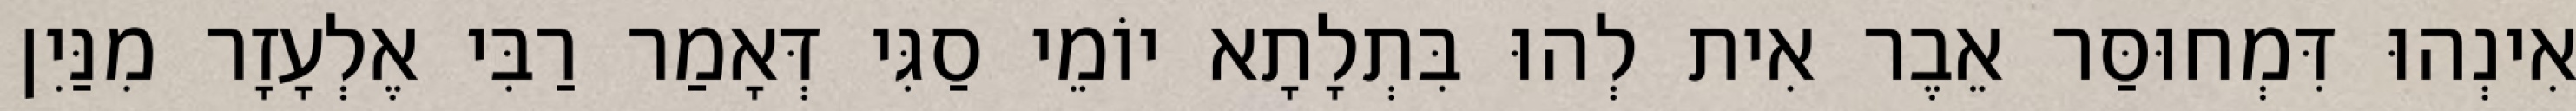
אִינְהוּ דִּמְחוּסַּר אֵבֶר אִית לְהוּ בִּתְלָתָא יוֹמֵי סַגִּי דְּאָמַר רַבִּי אֶלְעָזָר מִנַּיִן